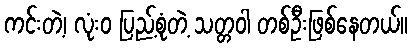
ကင်းတဲ့၊ လုံးဝ ပြည့်စုံတဲ့ သတ္တဝါ တစ်ဦးဖြစ်နေတယ်။